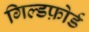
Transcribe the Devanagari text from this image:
गिल्डफ़ोर्ड